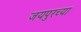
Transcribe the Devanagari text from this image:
जयपुरच्या